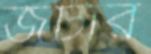
জটার